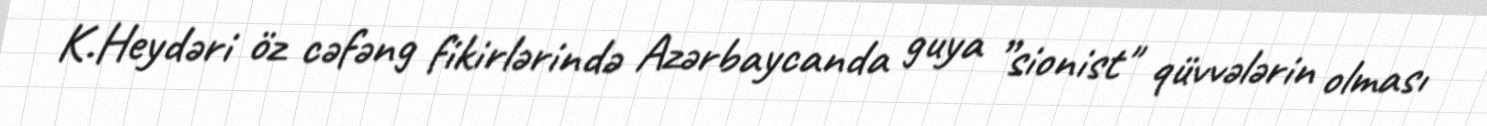
K.Heydəri öz cəfəng fikirlərində Azərbaycanda guya ”sionist" qüvvələrin olması